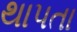
થાપતા